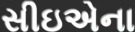
સીઇએના